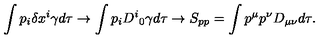
\int p _ { i } \delta x ^ { i } \gamma d \tau \rightarrow \int p _ { i } D ^ { i } { } _ { 0 } \gamma d \tau \rightarrow S _ { p p } = \int p ^ { \mu } p ^ { \nu } D _ { \mu \nu } { } d \tau .